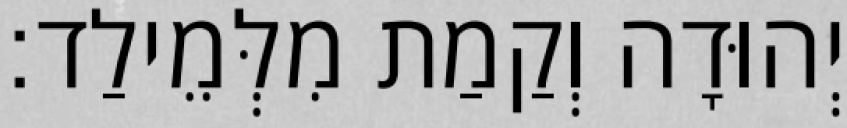
יְהוּדָה וְקַמַת מִלְּמֵילַד׃